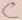
Text: C